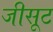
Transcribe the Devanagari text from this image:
जीसूट